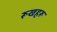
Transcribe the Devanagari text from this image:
रूखहरू